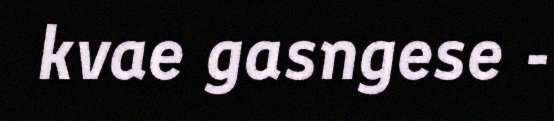
kvae gasngese -